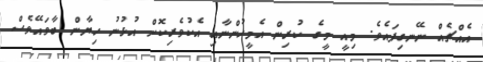
އެއްޗެއް ނޭނގިފައެވެ. މިއީ މީގެ ކުރިން އެމީހުންނާއި އެކުވެރިކޮށް އުޅުނު ހިޔާން ބާވައޭވެސް